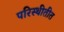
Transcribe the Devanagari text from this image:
परिस्थीतीत